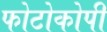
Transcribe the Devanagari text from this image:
फोटोकोपी